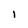
Character: I